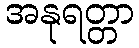
အနုရတ္တာ